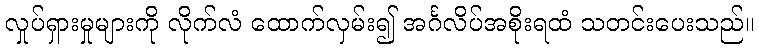
လှုပ်ရှားမှုများကို လိုက်လံ ထောက်လှမ်း၍ အင်္ဂလိပ်အစိုးရထံ သတင်းပေးသည်။